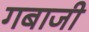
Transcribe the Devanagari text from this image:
गबाजी